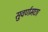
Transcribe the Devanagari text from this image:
सुवर्णमछा